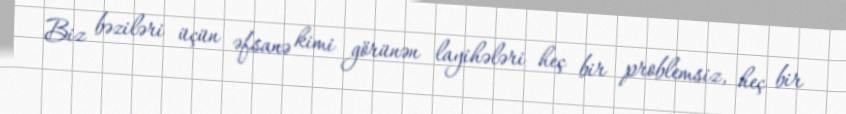
Biz bəziləri üçün əfsanə kimi görünən layihələri heç bir problemsiz, heç bir